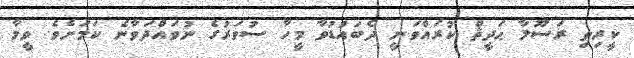
ކީރިތި ރަސޫލާ ޙަދީޘް ކުރައްވަނީ ދެބައުޑުވާ މީހާ ސުވަރުގެ ނުވައްދަވާނެ ކަމަށެވެ. ވީމާ